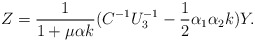
\begin{align*}Z = {1\over 1 + \mu \alpha k}(C^{-1} U_3^{-1} - {1\over 2}\alpha_1 \alpha_2 k) Y.\end{align*}